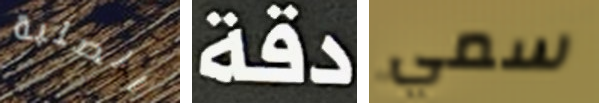
الصلبة دقة سمي